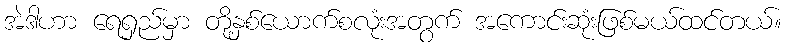
အဲဒါဟာ ရေရှည်မှာ တို့နှစ်ယောက်စလုံးအတွက် အကောင်းဆုံးဖြစ်မယ်ထင်တယ်။